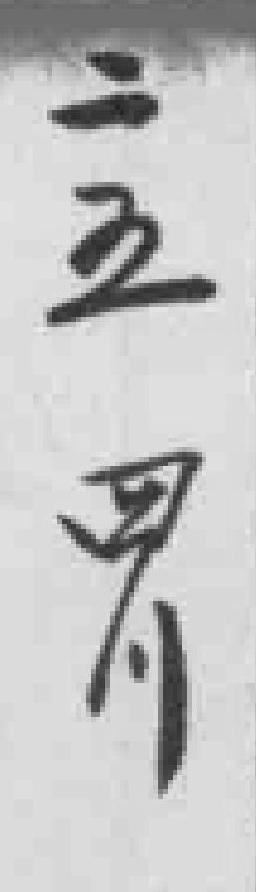
二五四川